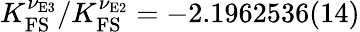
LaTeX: K_{\mathrm{FS}}^{\nu_{\textrm{E3}}}/K_{\mathrm{FS}}^{\nu_{\textrm{E2}}}=-2.1962536(14)